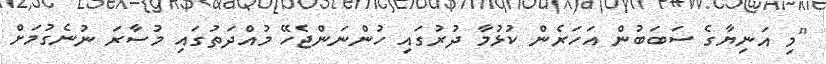
"މި އަނިޔާގެ ސަބަބުން އަހަރެން ކުޅުމާ ދުރުގައި ހުންނަންޖެހޭ މުއްދަތުގައި މުސާރަ ނުނެގުމަށް